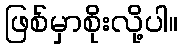
ဖြစ်မှာစိုးလို့ပါ။